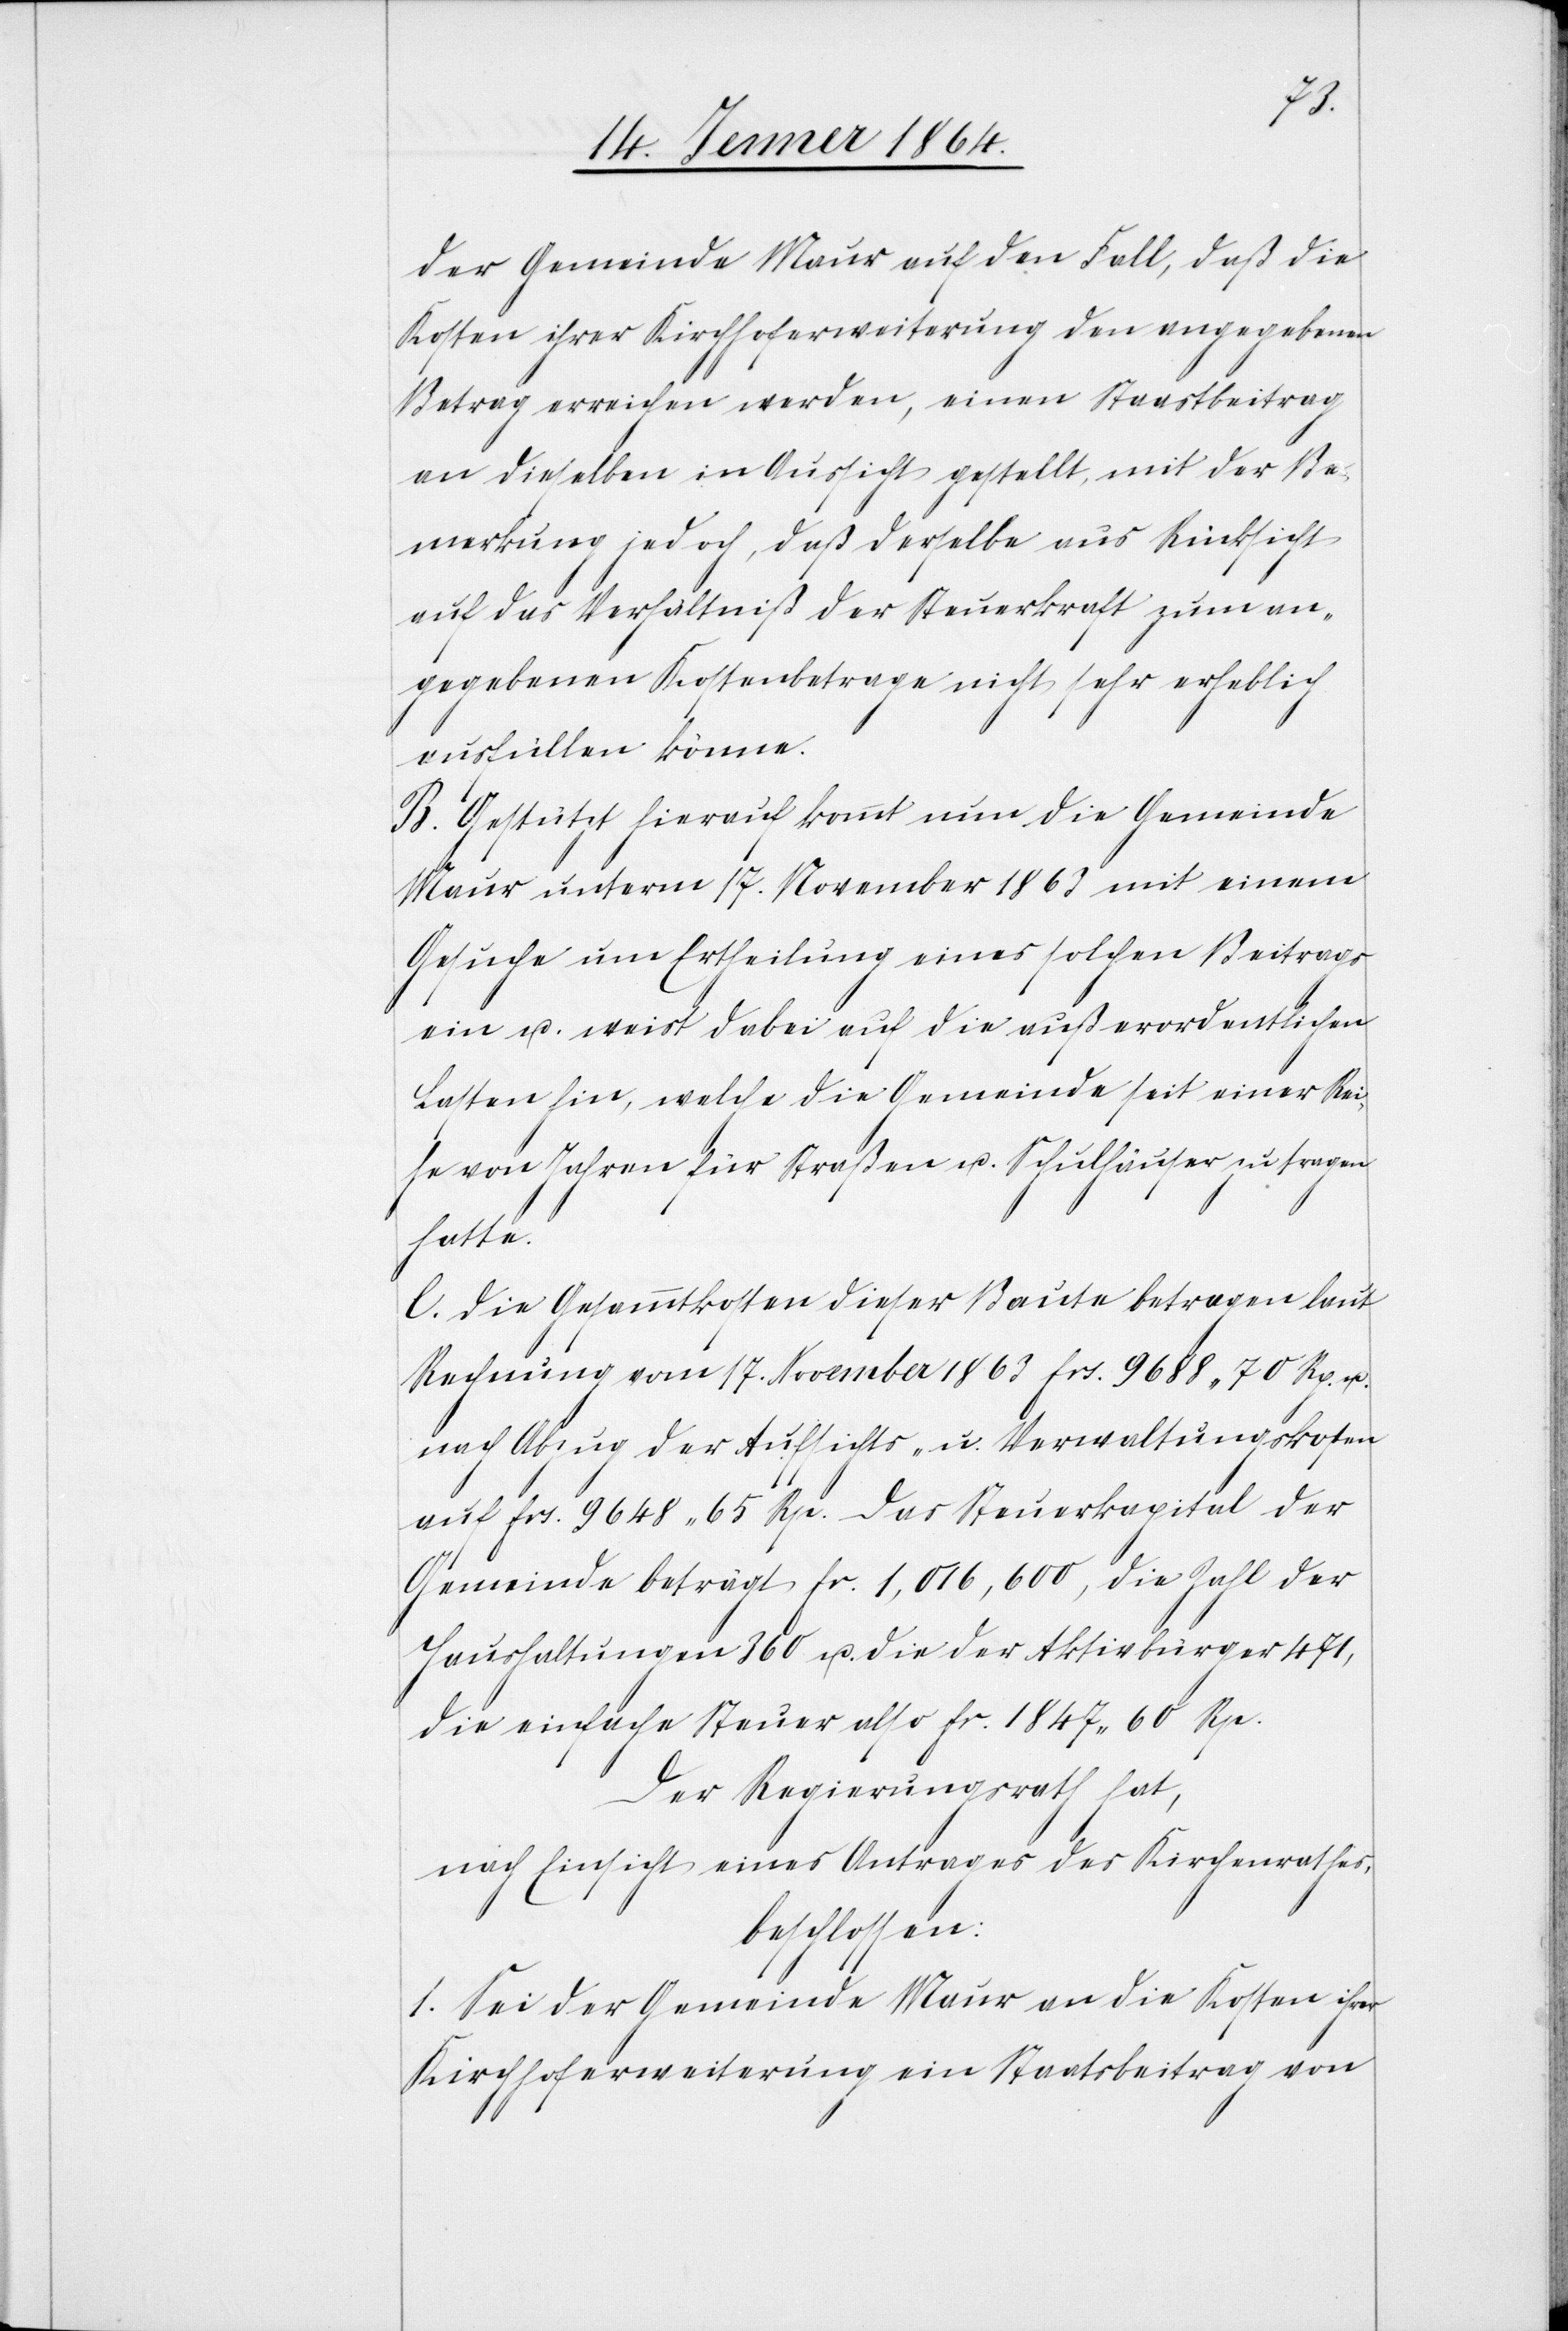
der Gemeinde Maur auf den Fall, daß die
Kosten ihrer Kirchhoferweiterung den angegebenen
Betrag erreichen werden, einen Staastbeitrag
an dieselben in Aussicht gestellt, mit der Be¬
merkung jedoch, daß derselbe aus Rücksicht
auf das Verhältniß der Steuerkraft zum an¬
gegebenen Kostenbetrage nicht sehr erheblich
ausfüllen könne.
B. Gestützt hierauf kommt nun die Gemeinde
Maur unterm 17. November 1863 mit einem
Gesuche um Ertheilung eines solchen Beitrags
ein u. weist dabei auf die außerordentlichen
Lasten hin, welche die Gemeinde seit einer Rei¬
he von Jahren für Straßen u. Schulhäuser zu tragen
hatte.
C. Die Gesammtkosten dieser Baute betragen laut
Rechnung vom 17. November 1863 frs. 9688 70 Rp. u.
nach Abzug der Aufsichts- u. Verwaltungskosten
auf frs. 9648 65 Rp. Das Steuerkapital der
Gemeinde beträgt fr. 1,016,600, die Zahl der
Haushaltungen 360 u. die der Aktivbürger 471,
die einfache Steuer also fr. 1847 60 Rp.
Der Regierungsrath hat,
nach Einsicht eines Antrages des Kirchenrathes,
beschlossen:
1. Sei der Gemeinde Maur an die Kosten ihrer
Kirchhoferweiterung ein Staatsbeitrag von